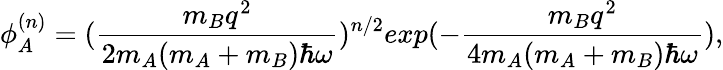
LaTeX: \phi_{A}^{(n)}=(\frac{m_{B}q^{2}}{2m_{A}(m_{A}+m_{B})\hbar\omega})^{n/2}exp(-\frac{m_{B}q^{2}}{4m_{A}(m_{A}+m_{B})\hbar\omega}),